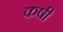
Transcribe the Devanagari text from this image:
कषी